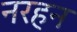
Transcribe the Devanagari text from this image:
नरहन